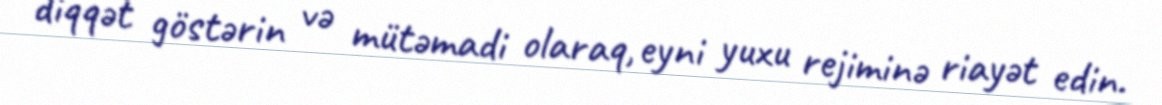
diqqət göstərin və mütəmadi olaraq, eyni yuxu rejiminə riayət edin.